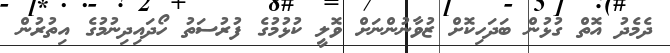
ދެމެދު އޮތް ގުޅުން ބަދަހިކޮށް ޒުވާނުންނަށް ވޮލީ ކުޅުމުގެ ފުރުސަތު ހޯދައިދިނުމުގެ އިތުރުން